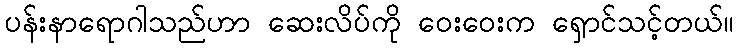
ပန်းနာရောဂါသည်ဟာ ဆေးလိပ်ကို ဝေးဝေးက ရှောင်သင့်တယ်။